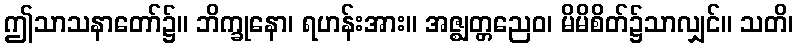
ဤသာသနာတော်၌။ ဘိက္ခုနော၊ ရဟန်းအား။ အဇ္ဈတ္တညေဝ၊ မိမိစိတ်၌သာလျှင်။ သတိ၊